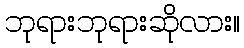
ဘုရားဘုရားဆိုလား။